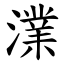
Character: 澲